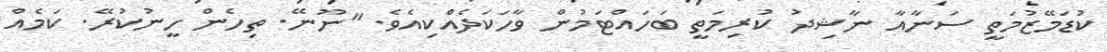
ކުޑަމޭޒުމަތީ ސަނާއާ ނާޝިދު ކުރިމަތީ ބަހައްޓަމުން ވާހަކަދެއްކިއެވެ. "ނޫނޭ. ތިހެން ހީނުކުރޭ. ކަމެއް